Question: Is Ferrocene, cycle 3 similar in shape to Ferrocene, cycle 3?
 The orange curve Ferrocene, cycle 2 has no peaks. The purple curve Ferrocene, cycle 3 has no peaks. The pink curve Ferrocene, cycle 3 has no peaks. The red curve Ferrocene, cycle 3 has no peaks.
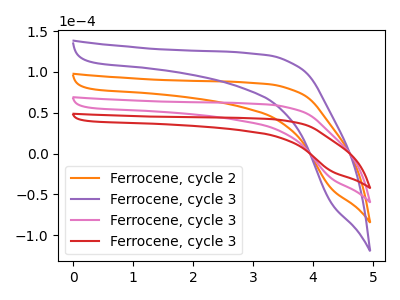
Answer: <think>Neither "Ferrocene, cycle 3" or "Ferrocene, cycle 3" have any peaks.
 </think>
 <answer>"Ferrocene, cycle 3" and "Ferrocene, cycle 3" are similar in shape.</answer>
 <eval>same_shape</eval>